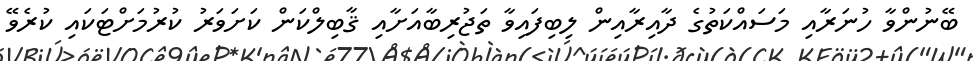
ބޭނުންވާ ހުނަރާއި މަސައްކަތުގެ ދާއިރާއިން ލިބިފައިވާ ތަޖުރިބާއަށާއި ޤާބިލްކަން ކަށަވަރު ކުރުމަށްޓަކައި ކުރެވޭ